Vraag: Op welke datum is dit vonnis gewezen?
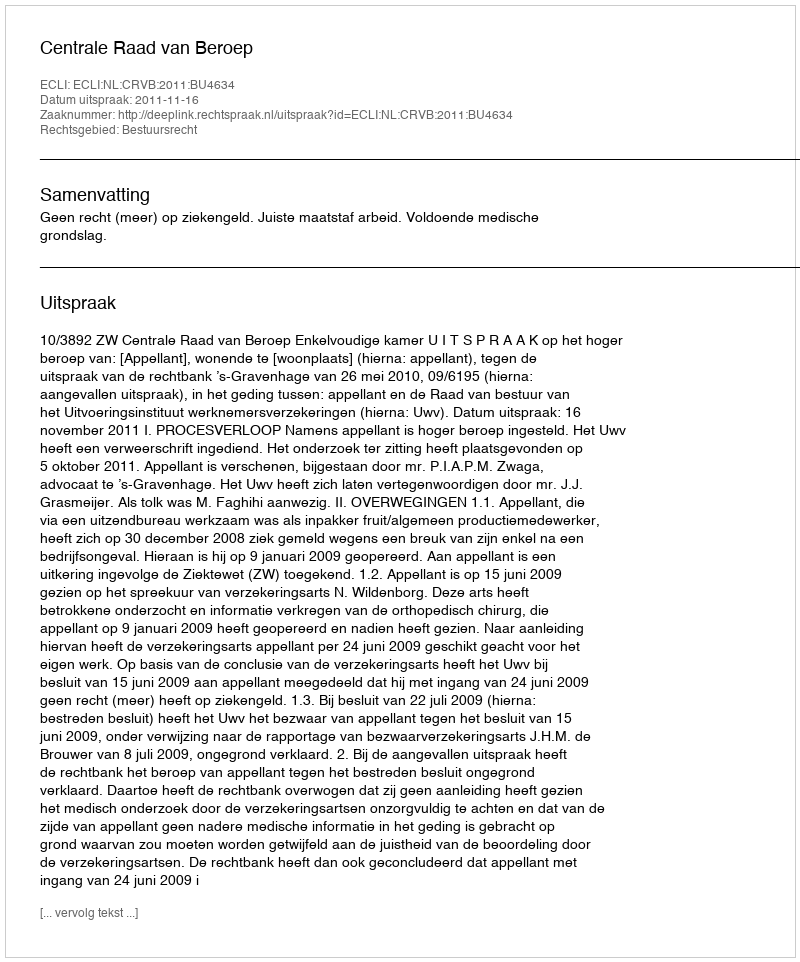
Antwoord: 2011-11-16